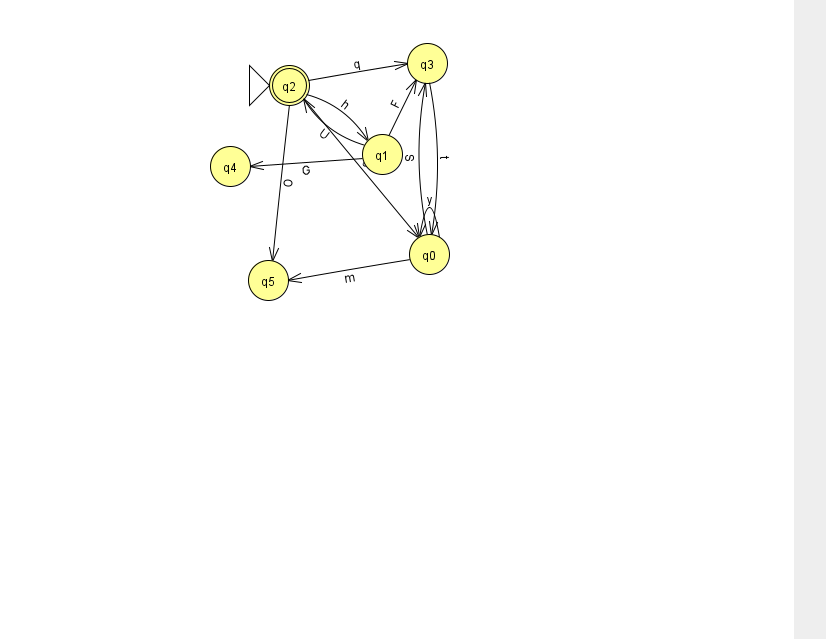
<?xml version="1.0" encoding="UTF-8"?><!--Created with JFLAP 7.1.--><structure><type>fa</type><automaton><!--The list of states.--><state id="0" name="q0"><x>429.0</x><y>241.0</y></state><state id="1" name="q1"><x>382.0</x><y>141.0</y></state><state id="2" name="q2"><x>289.0</x><y>72.0</y><initial/><final/></state><state id="3" name="q3"><x>427.0</x><y>50.0</y></state><state id="4" name="q4"><x>230.0</x><y>153.0</y></state><state id="5" name="q5"><x>268.0</x><y>267.0</y></state><!--The list of transitions.--><transition><from>2</from><to>1</to><read>h</read></transition><transition><from>0</from><to>5</to><read>m</read></transition><transition><from>1</from><to>4</to><read>G</read></transition><transition><from>2</from><to>3</to><read>q</read></transition><transition><from>0</from><to>0</to><read>y</read></transition><transition><from>0</from><to>3</to><read>S</read></transition><transition><from>1</from><to>3</to><read>F</read></transition><transition><from>2</from><to>0</to><read>e</read></transition><transition><from>2</from><to>5</to><read>O</read></transition><transition><from>3</from><to>0</to><read>t</read></transition><transition><from>1</from><to>2</to><read>U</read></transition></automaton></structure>